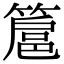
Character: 簄